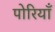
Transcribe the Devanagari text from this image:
पोरियाँ